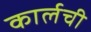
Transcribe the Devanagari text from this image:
कार्लची